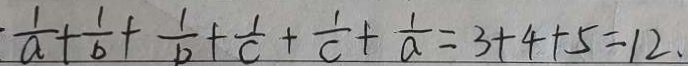
\frac { 1 } { a } + \frac { 1 } { b } + \frac { 1 } { b } + \frac { 1 } { c } + \frac { 1 } { c } + \frac { 1 } { a } = 3 + 4 + 5 = 1 2 .